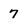
Character: 7